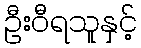
ဦးဝီရသူနှင့်